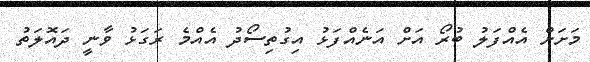
މަށަށް އެއްފަލު ބުރޯ އަށް އަނެއްފަޅު އިގުތިސޯދު އެއްމެ ރަގަޅު ވާނީ ދައޮލަތު